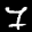
Label: 7